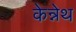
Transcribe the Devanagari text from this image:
केन्नेथ